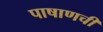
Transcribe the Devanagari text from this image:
पाषाणची